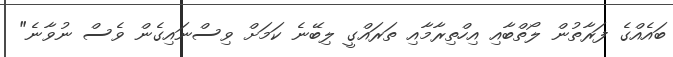
ބައެއްގެ ފަރާތުން ލޯތްބާއި އިހްތިރާމާއި ތަރައްގީ ލިބޭނެ ކަމަށް ވިސްނައިގެން ވެސް ނުވާނެ"